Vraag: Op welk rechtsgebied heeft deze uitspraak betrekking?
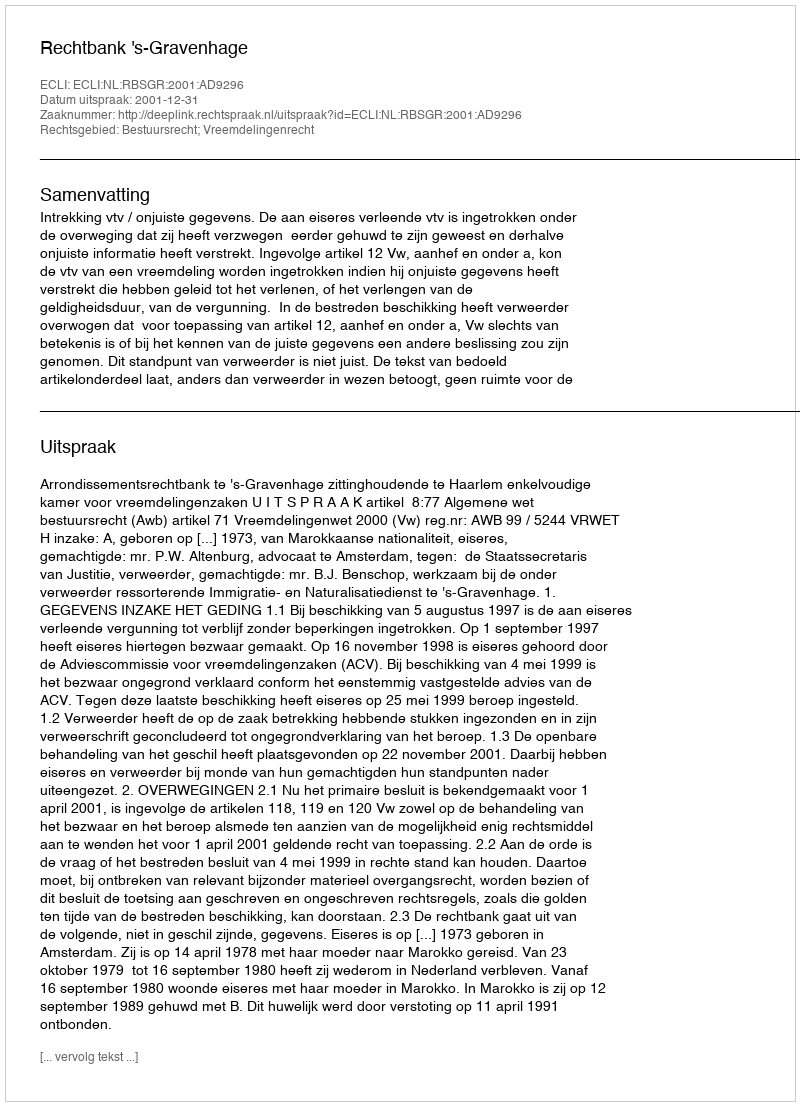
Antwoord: Bestuursrecht; Vreemdelingenrecht